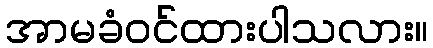
အာမခံဝင်ထားပါသလား။